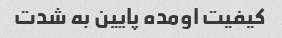
کیفیت اومده پایین به شدت